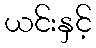
ယင်းနှင့်